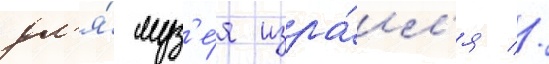
дл'я́ муз'е́я изра́ил'я //